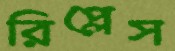
রিপ্লেস